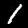
Digit: 1